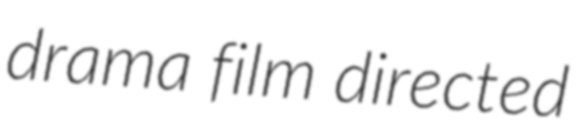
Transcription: drama film directed